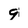
Character: 9